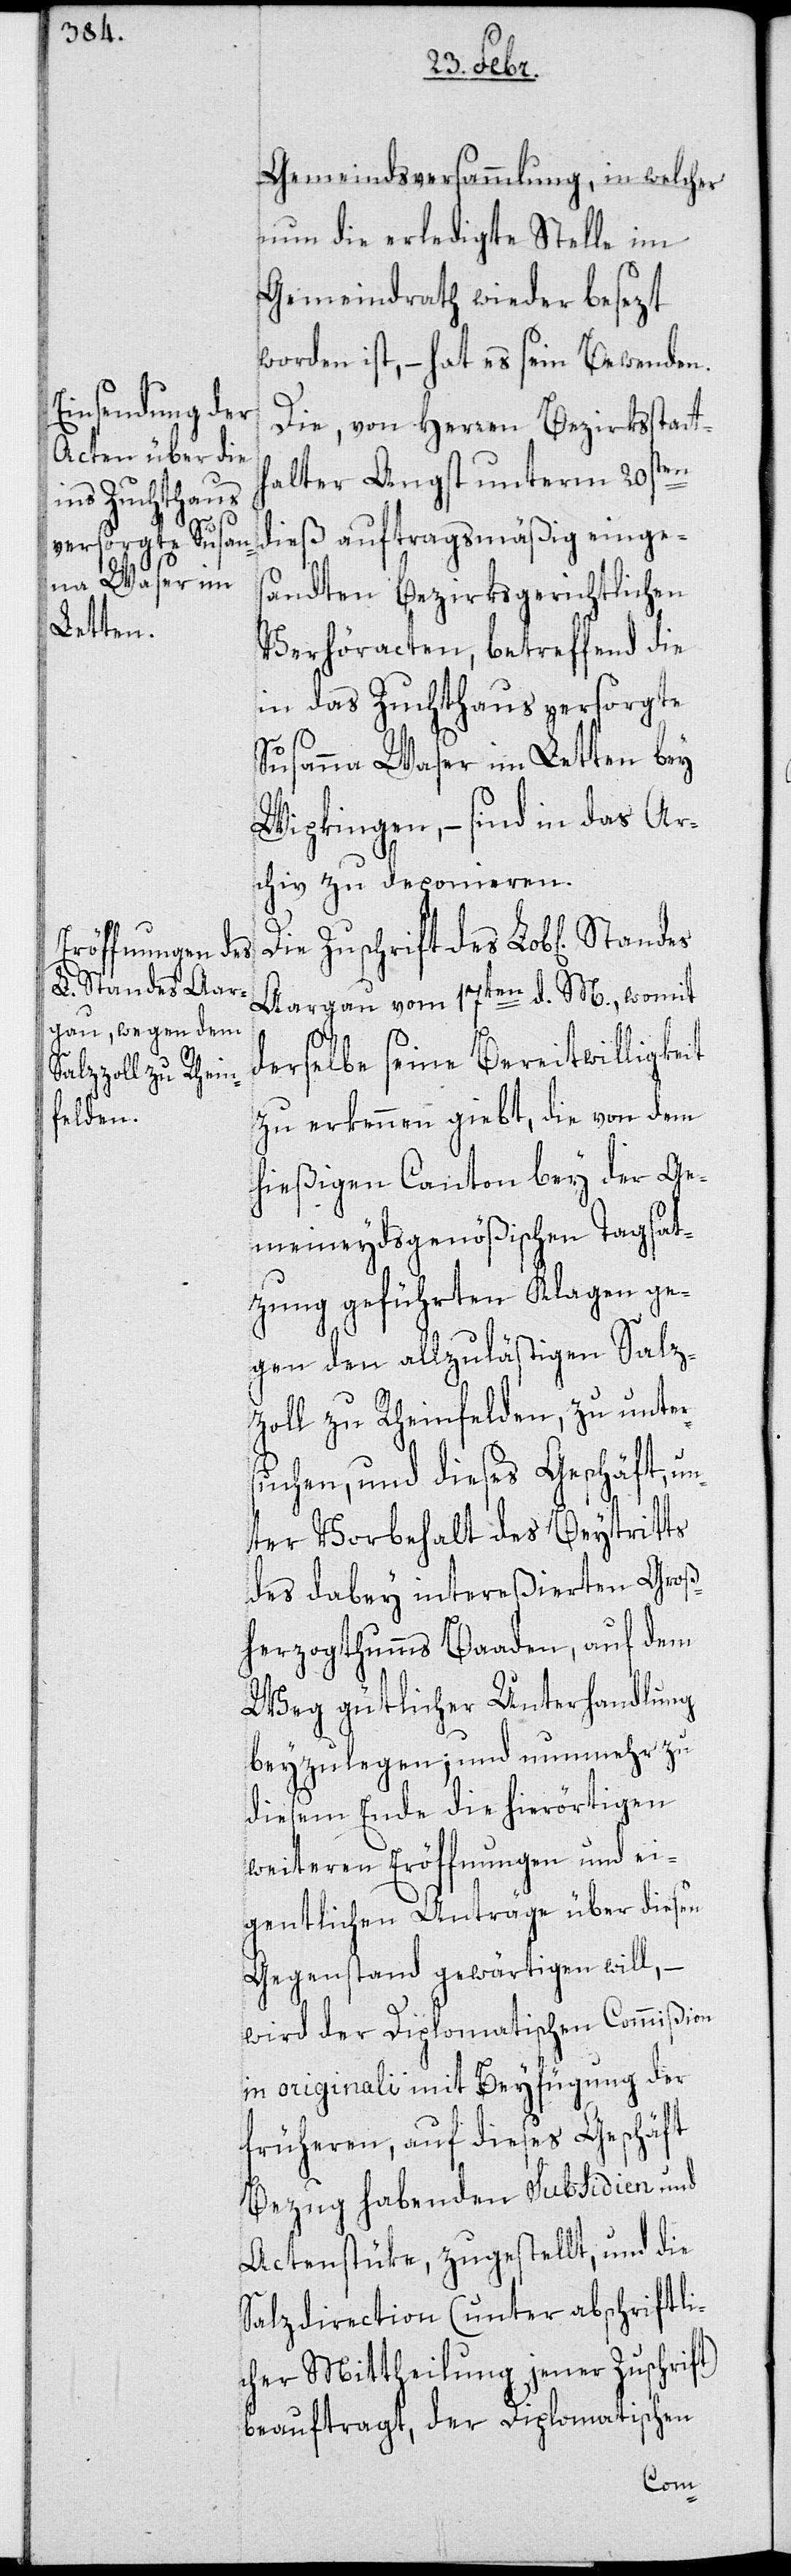
Gemeindsversammlung, in welcher
nun die erledigte Stelle im
Gemeindrath wieder besezt
worden ist, – hat es sein Bewenden.
Die, von Herren Bezirksstatth¬
alter Angst unterm 20sten
dieß auftragsmäßig einge¬
sandten bezirksgerichtlichen
Verhöracten, betreffend die
in das Zuchthaus versorgte
Susanna Waser im Letten bey
Wipkingen, – sind in das Ar¬
chiv zu deponieren.
Die Zuschrift des Lob[lichen]
Aargau vom 17ten d. M., womit
derselbe seine Bereitwilligkeit
zu erkennen giebt, die von dem
hießigen Canton bey der ge¬
meineydsgenößischen Tagsat¬
zung geführten Klagen ge¬
gen den allzulästigen Salz¬
zoll zu Rheinfelden, zu unter¬
suchen, und dieses Geschäft, un¬
ter Vorbehalt des Beytritts
des dabey intereßierten Groß¬
herzogthumms Baaden, auf dem
Weg gütlicher Unterhandlung
beyzulegen; und nunmehr zu
diesem Ende die hierörtigen
weiteren Eröffnungen und ei¬
gentlichen Anträge über diesen
Gegenstand gewärtigen will, –
wird der Diplomatischen Commißion
in originali mit Beyfügung der
früheren, auf dieses Geschäft
Bezug habenden Subsidien und
Actenstüke, zugestellt, und die
Salzdirection (unter abschriftli¬
cher Mittheilung jener Zuschrift)
beauftragt, der Diplomatischen